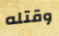
وقتله